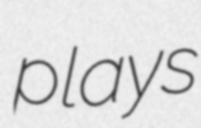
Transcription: plays